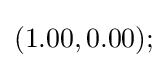
(1.00,0.00);